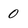
Character: 0